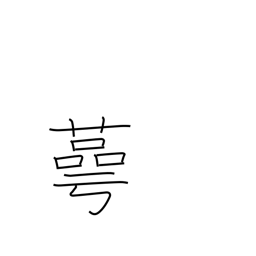
Meaning: cup